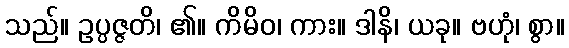
သည်။ ဥပ္ပဇ္ဇတိ၊ ၏။ ကိမိဝ၊ ကား။ ဒါနိ၊ ယခု။ ဗဟုံ၊ စွာ။